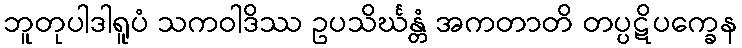
ဘူတုပါဒါရူပံ သကဝါဒိဿ ဥပသိင်္ဃန္တံ အကတာတိ တပ္ပဋိပက္ခေန